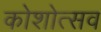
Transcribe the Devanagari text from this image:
कोशोत्सव